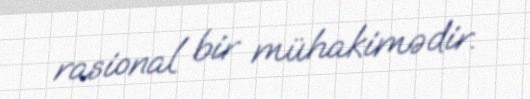
rasional bir mühakimədir.